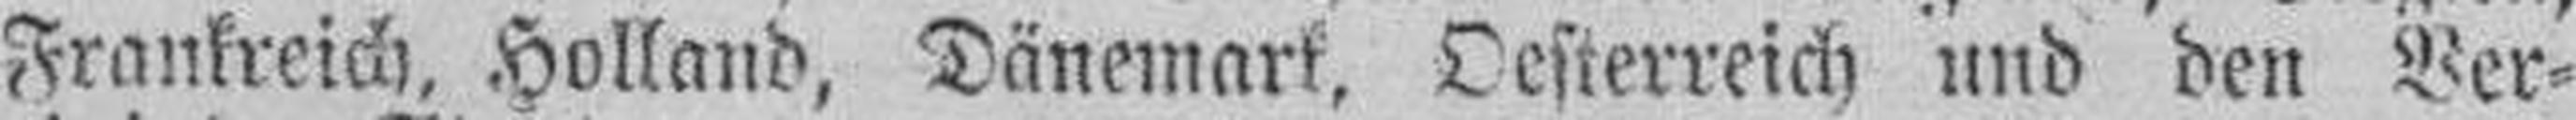
Frankreich, Holland, Dänemark, Oesterreich und den Ver¬